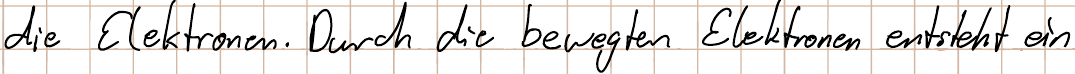
die Elektronen. Durch die bewegten Elektronen entsteht ein